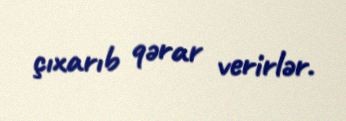
çıxarıb qərar verirlər.